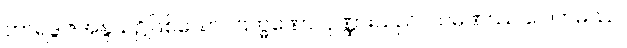
ဘာရဒွါဇအနွယ်၌ဖြစ်သော။ ဗြဟ္မဏော၊ ပုဏ္ဏားသည်။ သမဏဿ ဂေါတမဿ၊